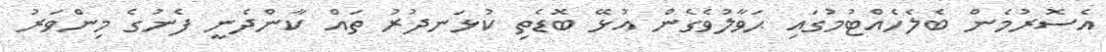
އެސޮރުމެން ބެލެހެއްޓުމުގައި ޙަވާލުވެގެން އުޅޭ ބޮޑެތި ކުޅަނދުރު ތައް ކާންދެނީ ފެނުގެ މިންވަރު